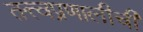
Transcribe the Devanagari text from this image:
तत्त्वप्रणालीची